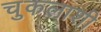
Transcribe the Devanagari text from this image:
चुकलाशी